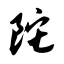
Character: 陀